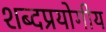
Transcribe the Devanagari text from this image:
शब्दप्रयोगीय